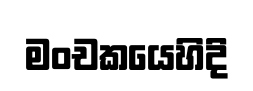
මංචකයෙහිදි